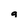
Character: g